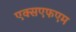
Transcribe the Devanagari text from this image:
एक्सएफएम